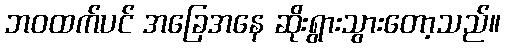
ဘဝထက်ပင် အခြေအနေ ဆိုးရွားသွားတော့သည်။